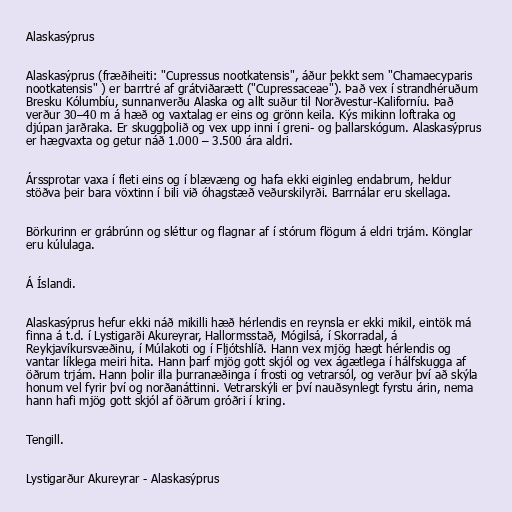
Alaskasýprus

Alaskasýprus (fræðiheiti: "Cupressus nootkatensis", áður þekkt sem "Chamaecyparis
nootkatensis" ) er barrtré af grátviðarætt ("Cupressaceae"). Það vex í strandhéruðum
Bresku Kólumbíu, sunnanverðu Alaska og allt suður til Norðvestur-Kaliforníu. Það
verður 30–40 m á hæð og vaxtalag er eins og grönn keila. Kýs mikinn loftraka og
djúpan jarðraka. Er skuggþolið og vex upp inni í greni- og þallarskógum. Alaskasýprus
er hægvaxta og getur náð 1.000 – 3.500 ára aldri.

Árssprotar vaxa í fleti eins og í blævæng og hafa ekki eiginleg endabrum, heldur
stöðva þeir bara vöxtinn í bili við óhagstæð veðurskilyrði. Barrnálar eru skellaga.

Börkurinn er grábrúnn og sléttur og flagnar af í stórum flögum á eldri trjám. Könglar
eru kúlulaga.

Á Íslandi.

Alaskasýprus hefur ekki náð mikilli hæð hérlendis en reynsla er ekki mikil, eintök má
finna á t.d. í Lystigarði Akureyrar, Hallormsstað, Mógilsá, í Skorradal, á
Reykjavíkursvæðinu, í Múlakoti og í Fljótshlíð. Hann vex mjög hægt hérlendis og
vantar líklega meiri hita. Hann þarf mjög gott skjól og vex ágætlega í hálfskugga af
öðrum trjám. Hann þolir illa þurranæðinga í frosti og vetrarsól, og verður því að skýla
honum vel fyrir því og norðanáttinni. Vetrarskýli er því nauðsynlegt fyrstu árin, nema
hann hafi mjög gott skjól af öðrum gróðri í kring.

Tengill.

Lystigarður Akureyrar - Alaskasýprus